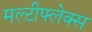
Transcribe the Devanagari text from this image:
मल्टीफ्लेक्स